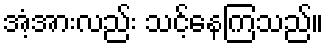
အံ့အားလည်း သင့်နေကြသည်။